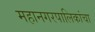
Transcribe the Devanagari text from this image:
महानगरपालिकांचा